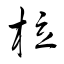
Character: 柆